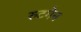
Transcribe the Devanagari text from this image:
रुटगेन